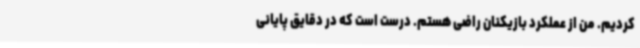
کردیم. من از عملکرد بازیکنان راضی هستم. درست است که در دقایق پایانی